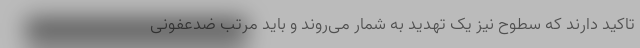
تاکید دارند که سطوح نیز یک تهدید به شمار می‌روند و باید مرتب ضدعفونی